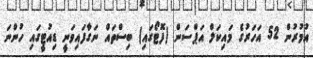
އުމުރުން 52 އަހަރުގެ މައިކަލް އަޕްސަން (ފޮޓޯގައި) ބިސްތައް ނަގާފައިވަނީ ޑިއުޓީގައި ހުންނަ